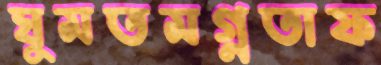
ঘুমতমগ্নতাফ